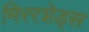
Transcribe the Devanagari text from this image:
मिररशेड्स